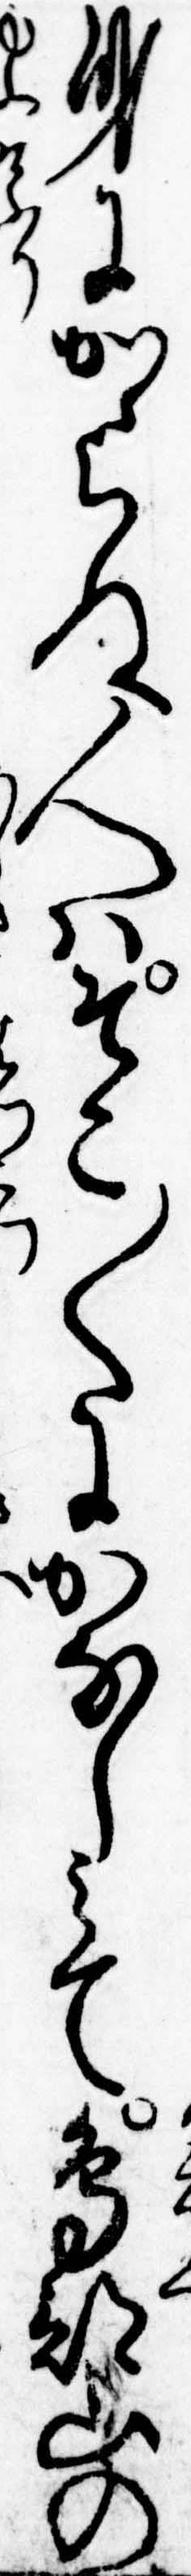
身にかゝらぬ人はそこ〱にかなしみて鳥部山の